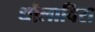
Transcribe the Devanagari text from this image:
धौलाविरा